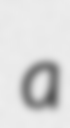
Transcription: a